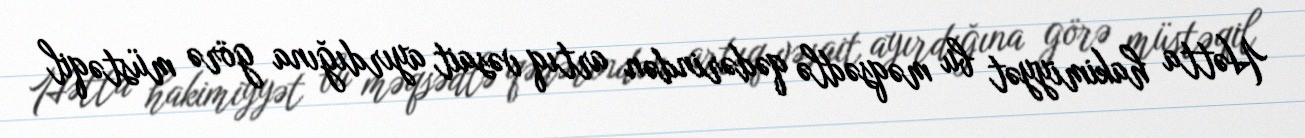
Hətta hakimiyyət bu məqsədlə qədərindən artıq vəsait ayırdığına görə müstəqil